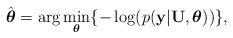
LaTeX: \begin{align*}\hat{\boldsymbol{\theta}} & =\arg\underset{\boldsymbol{\theta}}{\min}\{-\log(p(\mathbf{y}\vert\mathbf{U},\boldsymbol{\theta}))\},\end{align*}